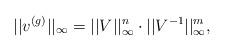
LaTeX: \begin{align*}||v^{(g)}||_\infty = ||V||^n_\infty \cdot ||V^{-1}||^m_\infty,\end{align*}